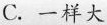
C.一样大